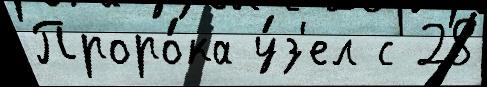
Проро́ка у́з'ел с 28